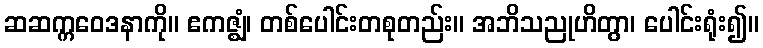
ဆဆက္ကဝေဒနာကို။ ဧကဇ္ဈံ၊ တစ်ပေါင်းတစုတည်း။ အဘိသညုဟိတွာ၊ ပေါင်းရုံး၍။